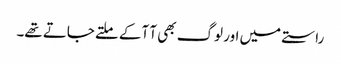
راستے میں اور لوگ بھی آ آکے ملتے جاتے تھے۔